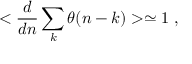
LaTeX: < \frac { d } { d n } \sum _ { k } \theta ( n - k ) > \simeq 1 \; ,